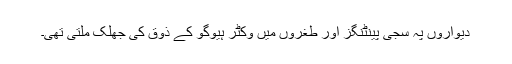
دیواروں پہ سجی پینٹنگز اور طغروں میں وکٹر ہیوگو کے ذوق کی جھلک ملتی تھی۔